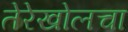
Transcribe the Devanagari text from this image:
तेरेखोलचा